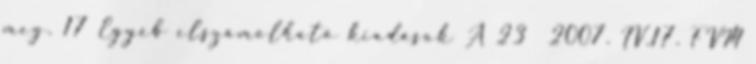
meg. 17 Egyéb elszámolható kiadások A 23 2007. IV.17. FVM